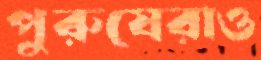
পুরুষেরাও